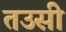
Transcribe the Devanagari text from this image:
तउसी